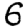
Digit: 6